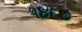
૧૪૬૭